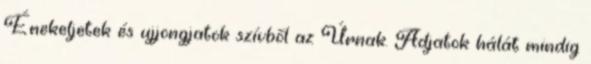
Énekeljetek és ujjongjatok szívből az Úrnak. Adjatok hálát mindig